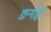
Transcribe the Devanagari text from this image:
डान्गोई